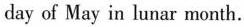
day of May in lunar month.